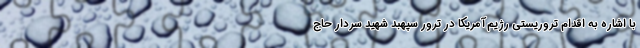
با اشاره به اقدام تروریستی رژیم آمریکا در ترور سپهبد شهید سردار حاج